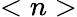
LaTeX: <n>